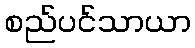
စည်ပင်သာယာ